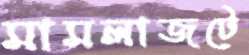
মামলাজটে